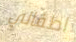
اطفالي